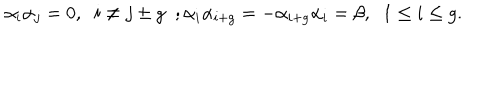
\alpha _ { i } \alpha _ { j } = 0 , \; \; i \neq j \pm g \; \; ; \alpha _ { i } \alpha _ { i + g } = - \alpha _ { i + g } \alpha _ { i } = \beta , \; \; 1 \leq i \leq g .